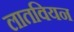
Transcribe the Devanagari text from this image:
लातवियन